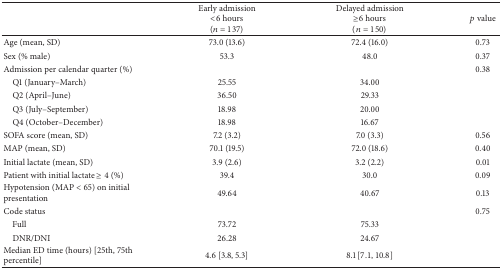
|  | Early admission<6 hours(n = 137) | Delayed admission≥6 hours(n = 150) | p value |
 | --- | --- | --- | --- |
 | Age (mean, SD) | 73.0 (13.6) | 72.4 (16.0) | 0.73 |
 | Sex (% male) | 53.3 | 48.0 | 0.37 |
 | Admission per calendar quarter (%) |  |  | 0.38 |
 | Q1 (January–March) | 25.55 | 34.00 |  |
 | Q2 (April–June) | 36.50 | 29.33 |  |
 | Q3 (July–September) | 18.98 | 20.00 |  |
 | Q4 (October–December) | 18.98 | 16.67 |  |
 | SOFA score (mean, SD) | 7.2 (3.2) | 7.0 (3.3) | 0.56 |
 | MAP (mean, SD) | 70.1 (19.5) | 72.0 (18.6) | 0.40 |
 | Initial lactate (mean, SD) | 3.9 (2.6) | 3.2 (2.2) | 0.01 |
 | Patient with initial lactate ≥ 4 (%) | 39.4 | 30.0 | 0.09 |
 | Hypotension (MAP < 65) on initial presentation | 49.64 | 40.67 | 0.13 |
 | Code status |  |  | 0.75 |
 | Full | 73.72 | 75.33 |  |
 | DNR/DNI | 26.28 | 24.67 |  |
 | Median ED time (hours) [25th, 75th percentile] | 4.6 [3.8, 5.3] | 8.1 [7.1, 10.8] |  |